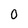
Character: 0